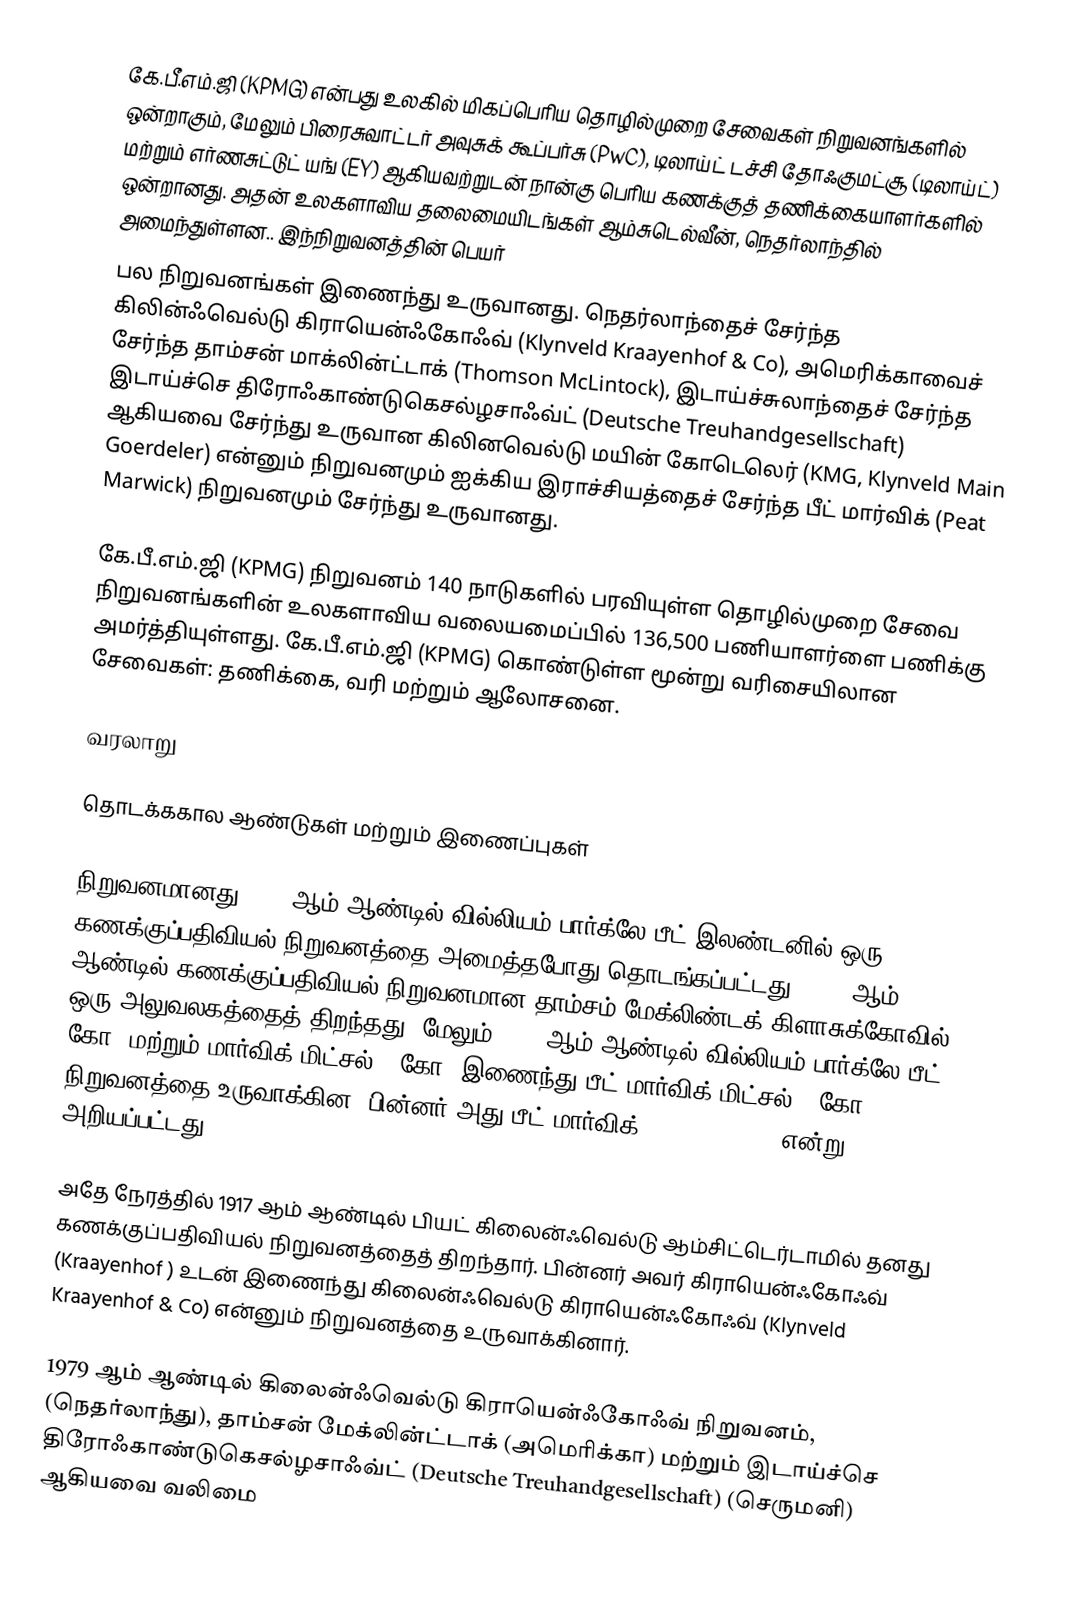
கே.பீ.எம்.ஜி (KPMG) என்பது உலகில் மிகப்பெரிய தொழில்முறை சேவைகள் நிறுவனங்களில் ஒன்றாகும், மேலும் பிரைசுவாட்டர் அவுசுக் கூப்பர்சு (PwC), டிலாய்ட் டச்சி தோஃகுமட்சூ (டிலாய்ட்) மற்றும் எர்ணசுட்டுட் யங் (EY) ஆகியவற்றுடன் நான்கு பெரிய கணக்குத் தணிக்கையாளர்களில் ஒன்றானது. அதன் உலகளாவிய தலைமையிடங்கள் ஆம்சுடெல்வீன், நெதர்லாந்தில் அமைந்துள்ளன.. இந்நிறுவனத்தின் பெயர்
பல நிறுவனங்கள் இணைந்து உருவானது. நெதர்லாந்தைச் சேர்ந்த கிலின்ஃவெல்டு கிராயென்ஃகோஃவ் (Klynveld Kraayenhof & Co), அமெரிக்காவைச் சேர்ந்த தாம்சன் மாக்லின்ட்டாக் (Thomson McLintock), இடாய்ச்சுலாந்தைச் சேர்ந்த இடாய்ச்செ திரோஃகாண்டுகெசல்ழசாஃவ்ட் (Deutsche Treuhandgesellschaft) ஆகியவை சேர்ந்து உருவான கிலினவெல்டு மயின் கோடெலெர் (KMG, Klynveld Main Goerdeler) என்னும் நிறுவனமும் ஐக்கிய இராச்சியத்தைச் சேர்ந்த பீட் மார்விக் (Peat Marwick) நிறுவனமும் சேர்ந்து உருவானது.

கே.பீ.எம்.ஜி (KPMG) நிறுவனம் 140 நாடுகளில் பரவியுள்ள தொழில்முறை சேவை நிறுவனங்களின் உலகளாவிய வலையமைப்பில் 136,500 பணியாளர்ளை பணிக்கு அமர்த்தியுள்ளது. கே.பீ.எம்.ஜி (KPMG) கொண்டுள்ள மூன்று வரிசையிலான சேவைகள்: தணிக்கை, வரி மற்றும் ஆலோசனை.

வரலாறு

தொடக்ககால ஆண்டுகள் மற்றும் இணைப்புகள்

நிறுவனமானது 1870 ஆம் ஆண்டில் வில்லியம் பார்க்லே பீட் இலண்டனில் ஒரு கணக்குப்பதிவியல் நிறுவனத்தை அமைத்தபோது தொடங்கப்பட்டது. 1877 ஆம் ஆண்டில் கணக்குப்பதிவியல் நிறுவனமான தாம்சம் மேக்லிண்டக் கிளாசுக்கோவில் ஒரு அலுவலகத்தைத் திறந்தது, மேலும் 1911 ஆம் ஆண்டில் வில்லியம் பார்க்லே பீட் & கோ. மற்றும் மார்விக் மிட்சல் & கோ. இணைந்து பீட் மார்விக் மிட்சல் & கோ நிறுவனத்தை உருவாக்கின, பின்னர் அது பீட் மார்விக் (Peat Marwick) என்று அறியப்பட்டது.

அதே நேரத்தில் 1917 ஆம் ஆண்டில் பியட் கிலைன்ஃவெல்டு ஆம்சிட்டெர்டாமில் தனது கணக்குப்பதிவியல் நிறுவனத்தைத் திறந்தார். பின்னர் அவர் கிராயென்ஃகோஃவ் (Kraayenhof ) உடன் இணைந்து கிலைன்ஃவெல்டு கிராயென்ஃகோஃவ் (Klynveld Kraayenhof & Co) என்னும் நிறுவனத்தை உருவாக்கினார்.

1979 ஆம் ஆண்டில் கிலைன்ஃவெல்டு கிராயென்ஃகோஃவ் நிறுவனம், (நெதர்லாந்து), தாம்சன் மேக்லின்ட்டாக் (அமெரிக்கா) மற்றும் இடாய்ச்செ திரோஃகாண்டுகெசல்ழசாஃவ்ட் (Deutsche Treuhandgesellschaft)  (செருமனி) ஆகியவை வலிமை